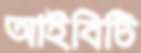
আইবিটি